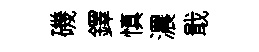
磯鐸慎濃戢